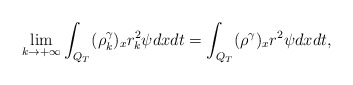
\begin{align*}\lim_{k\rightarrow+\infty}\int_{Q_T}(\rho_k^\gamma)_xr_k^2\psi dxdt=\int_{Q_T}(\rho^\gamma)_xr^2\psi dxdt,\end{align*}